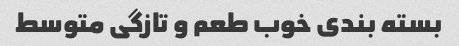
بسته بندی خوب طعم و تازگی متوسط